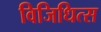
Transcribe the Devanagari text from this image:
विजिधित्स